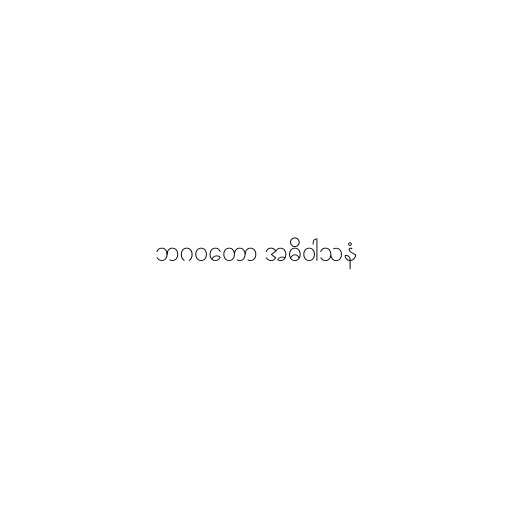
ဘဂဝတော အဓိဝါသနံ